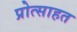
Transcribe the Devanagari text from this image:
प्रोत्साहत